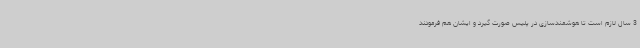
3 سال لازم است تا هوشمندسازی در پلیس صورت گیرد و ایشان هم فرمودند